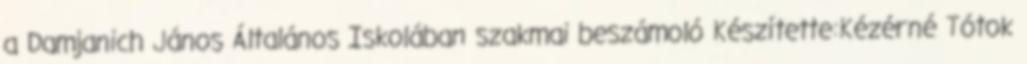
a Damjanich János Általános Iskolában szakmai beszámoló Készítette:Kézérné Tótok